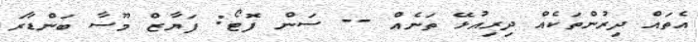
އެތައް ދިރުންތަކެއް ދިރިއުޅޭ ތަނެއް -- ސަން ފޮޓޯ: ފަޔާޒް މޫސާ ބަންޑާރަ